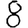
Digit: 8